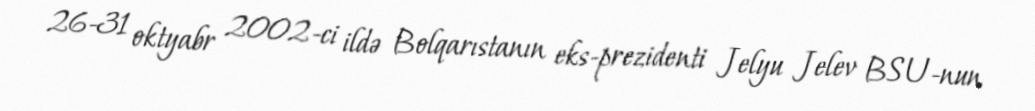
26-31 oktyabr 2002-ci ildə Bolqarıstanın eks-prezidenti Jelyu Jelev BSU-nun